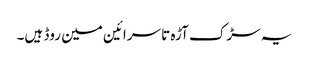
یہ سڑک آڑہ تا سرائین مین روڈ ہیں۔